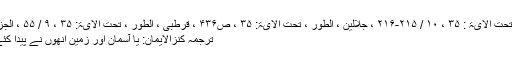
( تفسیر کبیر ، الطور ، تحت الآیۃ : ۳۵ ، ۱۰ / ۲۱۵-۲۱۶ ، جلالین ، الطور ، تحت الآیۃ: ۳۵ ، ص۴۳۶ ، قرطبی ، الطور ، تحت الآیۃ: ۳۵ ، ۹ / ۵۵ ، الجزء السابع عشر ، ملتقطاً)
ترجمۂ کنزالایمان: یا آسمان اور زمین اُنھوں نے پیدا کئے بلکہ انھیں یقین نہیں ۔